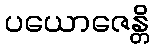
ပယောဇေန္တိ